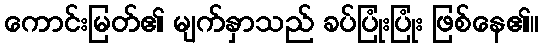
ကောင်းမြတ်၏ မျက်နှာသည် ခပ်ပြုံးပြုံး ဖြစ်နေ၏။